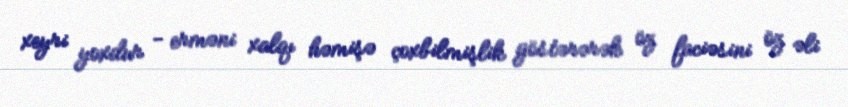
xeyri yoxdur - erməni xalqı həmişə çoxbilmişlik göstərərək öz faciəsini öz əli